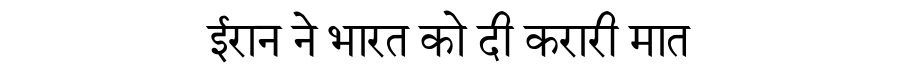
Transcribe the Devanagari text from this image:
ईरान ने भारत को दी करारी मात